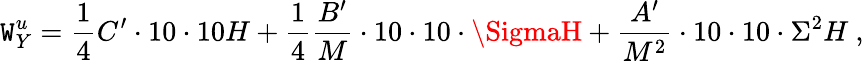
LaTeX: \mathtt{W}_{Y}^{u}=\frac{{1}}{{4}}C^{\prime}\cdot10\cdot10H+\frac{{1}}{{4}}\frac{{B^{\prime}}}{{M}}\cdot10\cdot10\cdot\SigmaH+\frac{{A^{\prime}}}{{M^{2}}}\cdot10\cdot10\cdot\Sigma^{2}H~,